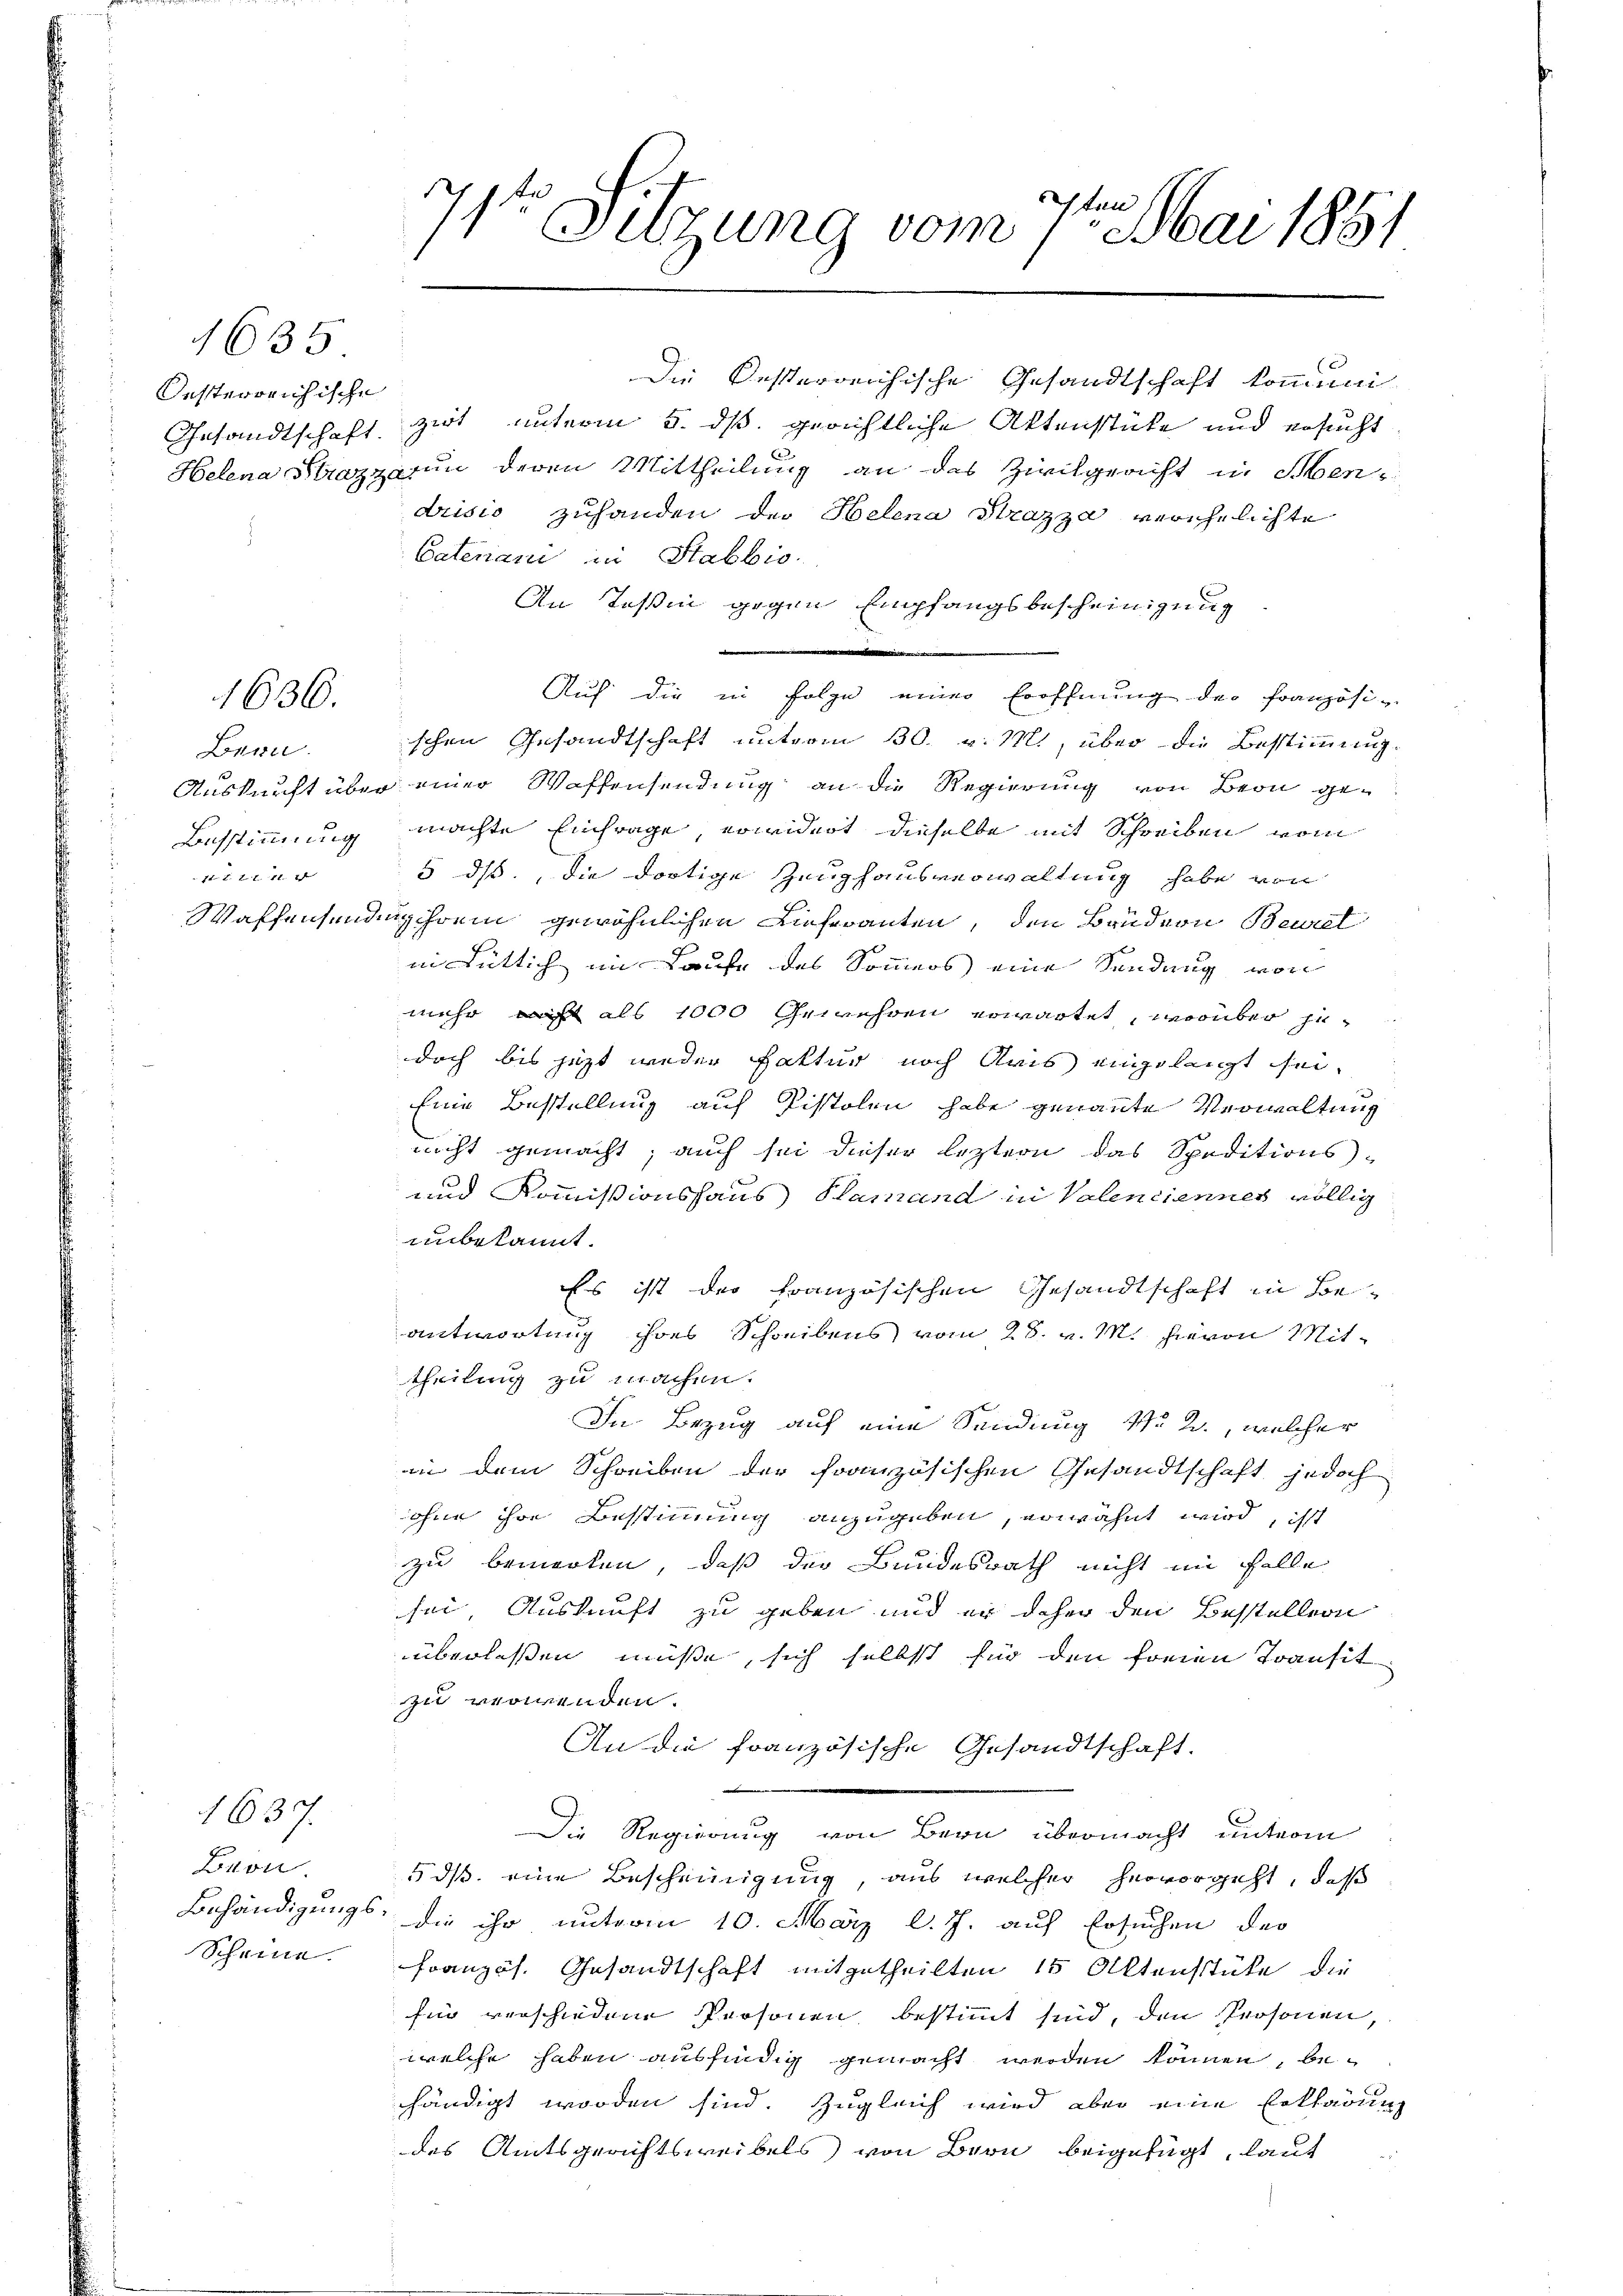
Oesterreichische

1635

1636.

Bern.
 74 f. 21. 11.

Bron
Scheine.

1637.

sten
71. Sitzung vom 1. Mai 1851

Die Besterreichische Gesandtschaft kommuni-
Gesandtschaft zert unterm 5. ds. gerichtliche Aktenstücke und ersucht
Helena Strazza un deren Mittheilung an das Zirkgericht in Sen
drisis zuhanden der Helena Strazza verehelichte
Catenani in Stabbio.
An Teßin gegen Empfangsbescheinigung
r
Auf die in Folge einer Eröffnung der Französi-
ischen Gesandtschaft unterm 30. v. 11, über die Bestimmung.
Auskunft über einer Waffensendung an die Regierung von Beon ge¬
Ausstimmung machte Einfrage, erwidert dieselbe mit Schreiben vom
5 ds., die dortige Zeughausverwaltung habe von
Waffensendenschrein gewöhnlichen Lieferanten, den Brudern Beurt
in Lütlich im Laufe des Sommers eine Sendung von
mehr nicht als 1000 Gewehren erwartet, worüber jedoch bis jetzt weder Faktur noch Aris eingeleigt sei,
Eine Bestellung auf Pistolen habe genannte Verwaltung
nicht gemacht; auch sei dieser leztern das Speditions-
und Kommißionshaus Pamand in Valenciennes völlig
unbekannt.
Es ist der französischen Gesandtschaft in Beantwortung ihres Schreibens vom 28. v. M. hievon Mit-
theilung zu machen.
In Bezug auf eine Sendung No 2., welcher
in dem Schreiben der französischen Gesandtschaft jedoch
ohne ihre Bestimmung anzugeben, erwähnt wird, ist
zu bemerken, daß der Bundesrath nicht im Falle
sei, Auskunft zu geben und er daher den Bestellern
überlassen müsse, sich selbst für den freien Transit
zu verwenden.
An die französische Gesandtschaft.
Die Regierung von Bern übermacht unterm
5 ds eine Bescheinigung, aus welcher hervorgeht, daß
Behändigungs- die ihr unterm 10. März l. J. auf Ersuchen der
Französ. Gesandtschaft mitgetheilten 15 Aktenstüke die
für verschiedene Personen bestimmt sind, den Prosonen,
welche haben ausfindig gemacht werden können, behändigt worden sind. Zugleich wird aber eine Erklärung
des Amtsgerichtsweibels) von Bern beigefügt, lauf